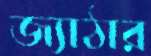
জ্যাঠার